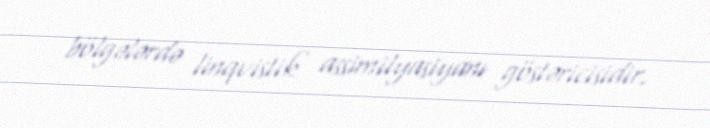
bölgələrdə linqvistik assimilyasiyanı göstəricisidir.